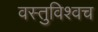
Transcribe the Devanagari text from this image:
वस्तुविश्वच